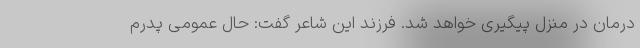
درمان در منزل پیگیری خواهد شد. فرزند این شاعر گفت: حال عمومی پدرم